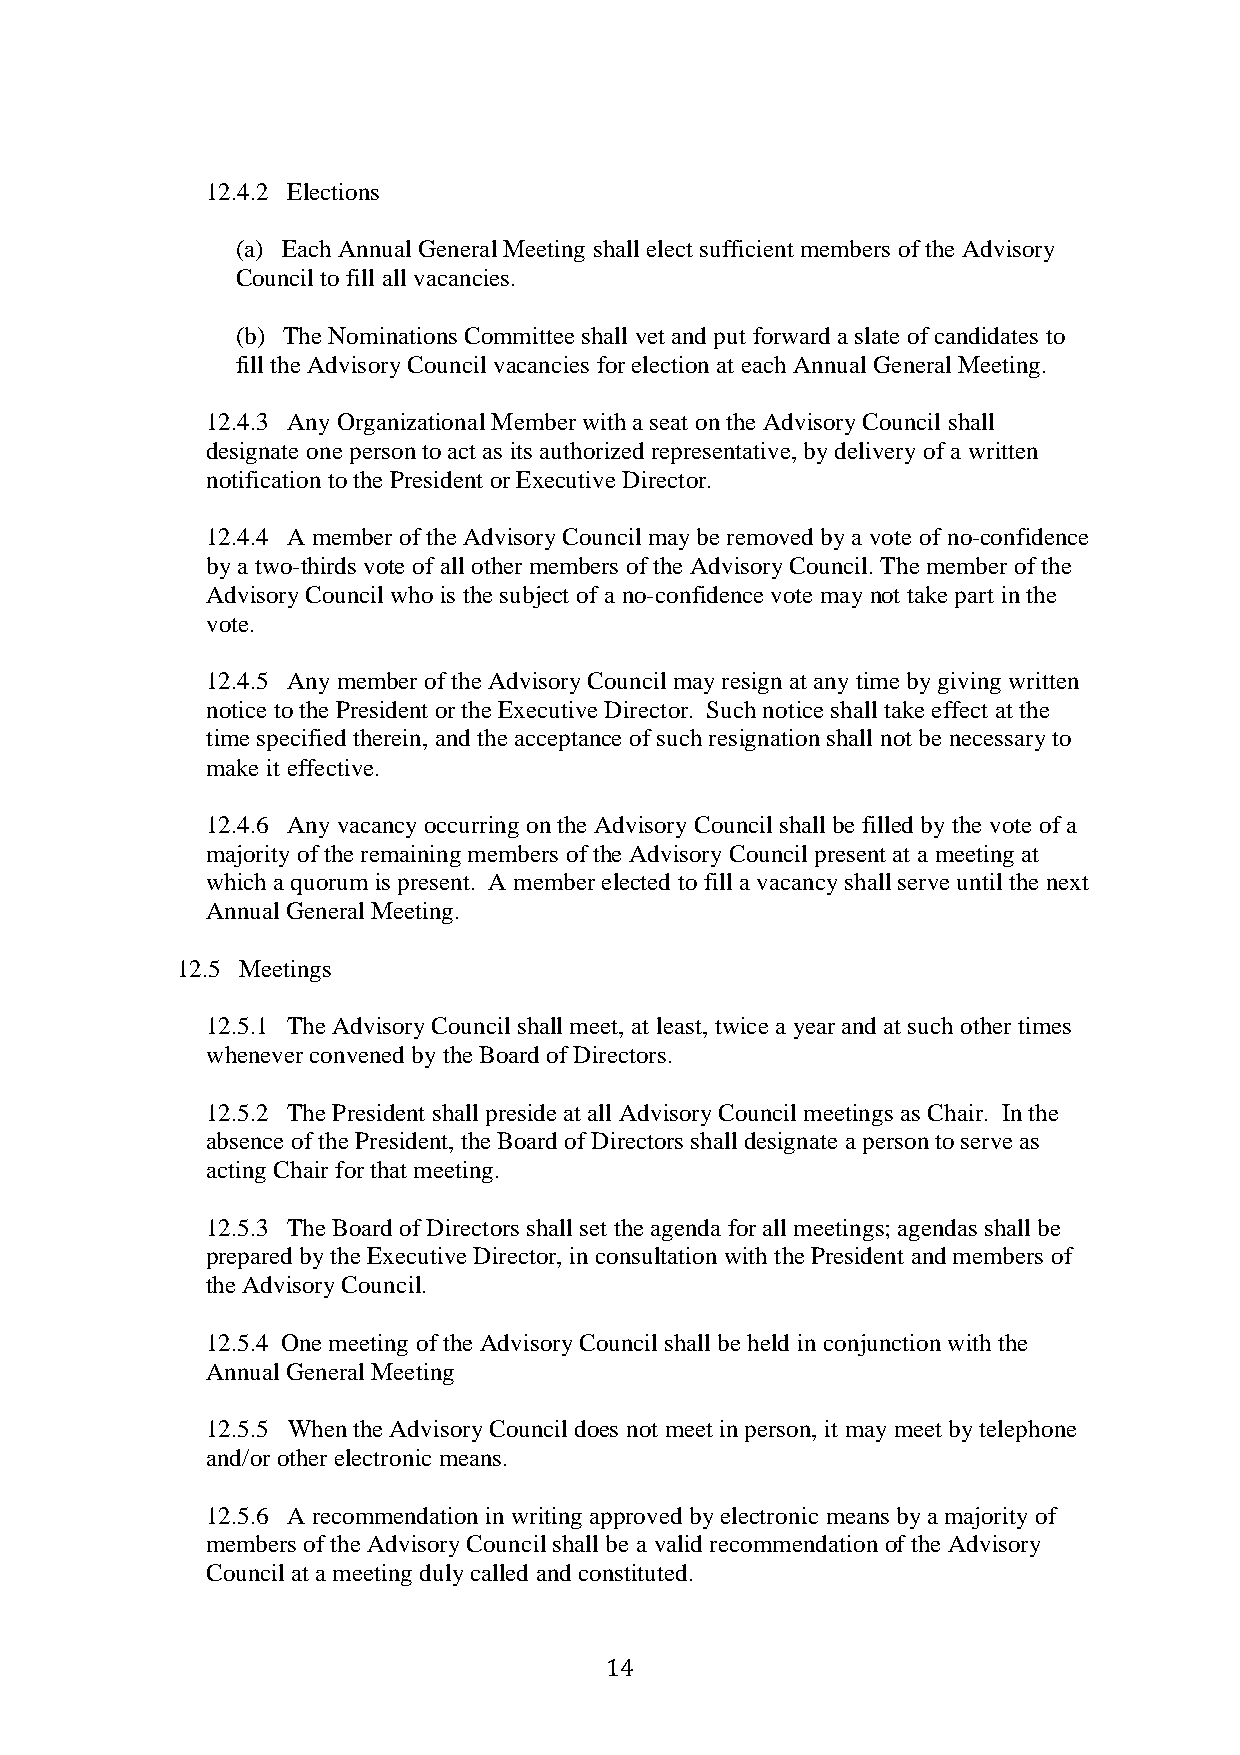
12.4.2 Elections
 (a) Each Annual General Meeting shall elect sufficient members of the Advisory
 Council to fill all vacancies.
 (b) The Nominations Committee shall vet and put forward a slate of candidates to
 fill the Advisory Council vacancies for election at each Annual General Meeting.
 12.4.3 Any Organizational Member with a seat on the Advisory Council shall
 designate one person to act as its authorized representative, by delivery of a written
 notification to the President or Executive Director.
 12.4.4 A member of the Advisory Council may be removed by a vote of no-confidence
 by a two-thirds vote of all other members of the Advisory Council. The member of the
 Advisory Council who is the subject of a no-confidence vote may not take part in the
 vote.
 12.4.5 Any member of the Advisory Council may resign at any time by giving written
 notice to the President or the Executive Director. Such notice shall take effect at the
 time specified therein, and the acceptance of such resignation shall not be necessary to
 make it effective.
 12.4.6 Any vacancy occurring on the Advisory Council shall be filled by the vote of a
 majority of the remaining members of the Advisory Council present at a meeting at
 which a quorum is present. A member elected to fill a vacancy shall serve until the next
 Annual General Meeting.
 12.5 Meetings
 12.5.1 The Advisory Council shall meet, at least, twice a year and at such other times
 whenever convened by the Board of Directors.
 12.5.2 The President shall preside at all Advisory Council meetings as Chair. In the
 absence of the President, the Board of Directors shall designate a person to serve as
 acting Chair for that meeting.
 12.5.3 The Board of Directors shall set the agenda for all meetings; agendas shall be
 prepared by the Executive Director, in consultation with the President and members of
 the Advisory Council.
 12.5.4 One meeting of the Advisory Council shall be held in conjunction with the
 Annual General Meeting
 12.5.5 When the Advisory Council does not meet in person, it may meet by telephone
 and/or other electronic means.
 12.5.6 A recommendation in writing approved by electronic means by a majority of
 members of the Advisory Council shall be a valid recommendation of the Advisory
 Council at a meeting duly called and constituted.
 14